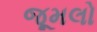
જૂમલો